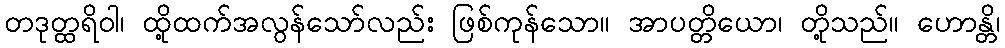
တဒုတ္ထရိဝါ၊ ထို့ထက်အလွန်သော်လည်း ဖြစ်ကုန်သော။ အာပတ္တိယော၊ တို့သည်။ ဟောန္တိ၊